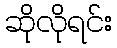
ဆိုလိုရင်း